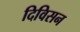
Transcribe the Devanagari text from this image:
दिविसन